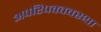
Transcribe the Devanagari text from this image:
अपरिपक्ववस्था